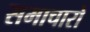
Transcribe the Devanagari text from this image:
समाचारो